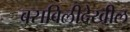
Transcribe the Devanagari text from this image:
बसविलीदेखील